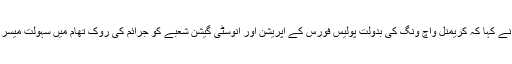
انھوں نے کہا کہ کریمنل واچ ونگ کی بدولت پولیس فورس کے آپریشن اور انوسٹی گیشن شعبے کو جرائم کی روک تھام میں سہولت میسر ہوگی۔